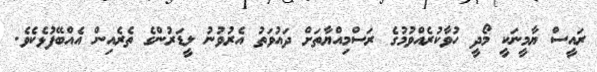
ރައީސް ޔާމީނަކީ މޯދީ ހުވާކުރެއްވުމުގެ ރަސްމިއްޔާތަށް ދައުވަތު އެރުވުނު ލީޑަރުންގެ ތެރެއިން އެއްބޭފުޅެކެވެ.